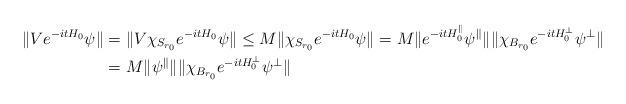
LaTeX: \begin{align*} \|Ve^{-itH_0}\psi\|&=\|V\chi_{S_{r_0}}e^{-itH_0}\psi\|\leq M\|\chi_{S_{r_0}}e^{-itH_0}\psi\|=M\|e^{-itH_0^\parallel}\psi^\parallel\|\|\chi_{B_{r_0}}e^{-itH_0^\perp}\psi^\perp\|\\ &=M\|\psi^\parallel\|\|\chi_{B_{r_0}}e^{-itH_0^\perp}\psi^\perp\|\end{align*}